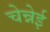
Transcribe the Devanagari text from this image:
चेन्नेई